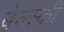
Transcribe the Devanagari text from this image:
बेल्स्की